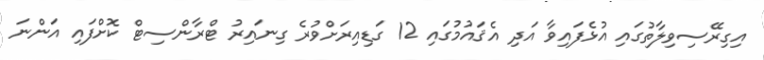
އިގިރޭސިވިލާތުގައި އުޅެފައިވާ އަދި އެޤައުމުގައި 12 ގަޑިއިރަށްވުރެ ގިނައިރު ޓްރާންސިޓް ކޮށްފައި އަންނަ